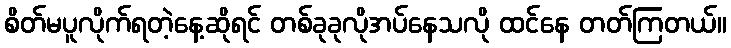
စိတ်မပူလိုက်ရတဲ့နေ့ဆိုရင် တစ်ခုခုလိုအပ်နေသလို ထင်နေ တတ်ကြတယ်။